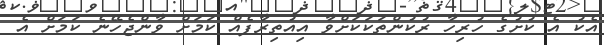
އެކު އެ ކުށުގެ ހުރިހާ ރުކުންތަކަކަށްވާ އިއުތިރާފެއް ކަމަށް ވާންޖެހޭނެ ކަމަށް އެ